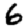
Digit: 6